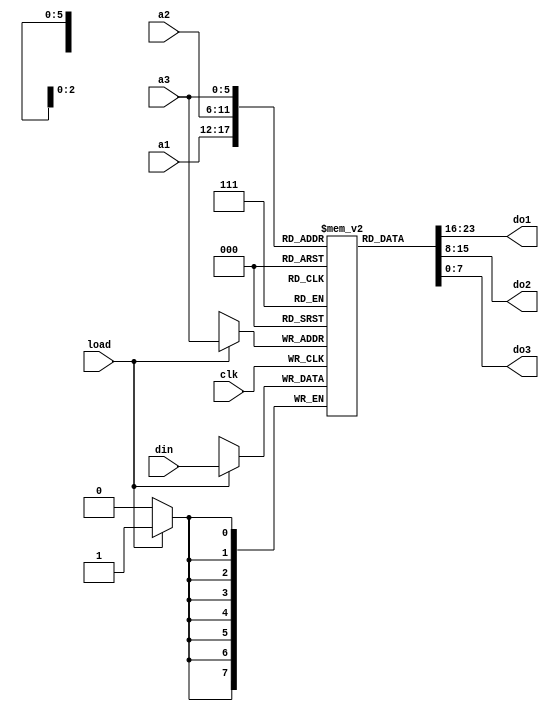
`timescale 1ns / 1ps
`default_nettype none

//////////////////////////////////////////////////////////////////////////////////
// Company: 
// Engineer: 
// 
// Design Name: 
// Module Name:    lut 
// Project Name: 
// Target Devices: 
// Tool versions: 
// Description: 
//
// Dependencies: 
//
// Revision: 
// Revision 0.01 - File Created
// Additional Comments: 
//
//////////////////////////////////////////////////////////////////////////////////
module lut(
    input wire clk,
    input wire load,
    input wire [7:0] din,
    input wire [5:0] a1,
    input wire [5:0] a2,
    input wire [5:0] a3,
    output wire [7:0] do1,
    output wire [7:0] do2,
    output wire [7:0] do3
    );

   reg [7:0] lut[0:63];
   assign do1 = lut[a1];
   assign do2 = lut[a2];
   assign do3 = lut[a3];
   
   always @(posedge clk)
      if (load)
         lut[a3] <= din;

endmodule